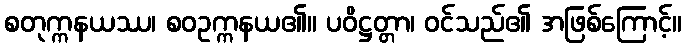
စတုက္ကနယဿ၊ စဝဥက္ကနယ၏။ ပဝိဋ္ဌတ္တာ၊ ဝင်သည်၏ အဖြစ်ကြောင့်။